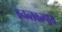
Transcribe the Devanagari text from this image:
अनन्तकल्पाय